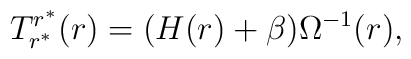
T^{r^{\ast}}_{r^{\ast}}(r)=(H(r)+\beta)\Omega^{-1}(r),